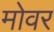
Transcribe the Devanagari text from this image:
मोवर